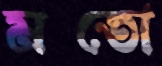
মতো